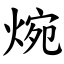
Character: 焥